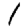
Digit: 1